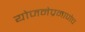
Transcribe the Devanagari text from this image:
योजनेप्रमाणेच